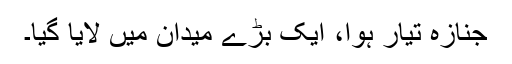
جنازہ تیار ہوا، ایک بڑے میدان میں لایا گیا۔